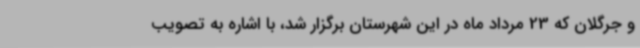
و جرگلان که 23 مرداد ماه در این شهرستان برگزار شد، با اشاره به تصویب